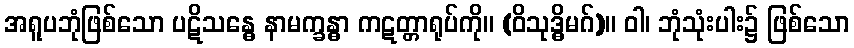
အရူပဘုံဖြစ်သော ပဋိသန္ဓေ နာမက္ခန္ဓာ ကဋတ္တာရုပ်ကို။ (ဝိသုဒ္ဓိမဂ်)။ ဝါ၊ ဘုံသုံးပါး၌ ဖြစ်သော